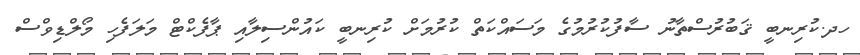
ހދ.ކުރިނބީ ޤަބުރުސްތާނު ސާފުކުރުމުގެ މަސައްކަތް ކުރުމަށް ކުރިނބީ ކައުންސިލާއި ޕާފެކްޓް މަލަފެހި މޯލްޑިވްސް